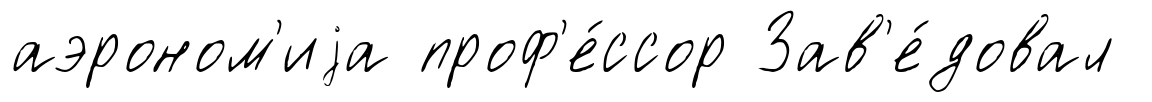
аэроном'иjа проф'е́ссор Зав'е́довал